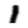
Digit: 1